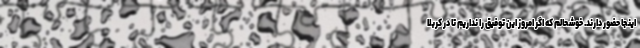
اینجا حضور دارند. خوشحالم که اگر امروز این توفیق را نداریم تا در کربلا